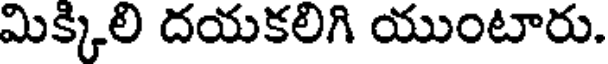
మిక్కిలి దయకలిగి యుంటారు.